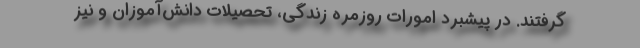
گرفتند. در پیشبرد امورات روزمره زندگی، تحصیلات دانش‌آموزان و نیز